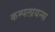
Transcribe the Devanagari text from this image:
कम्पलायन्स